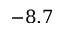
- 8 . 7